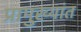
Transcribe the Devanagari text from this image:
प्रामुख्यांत